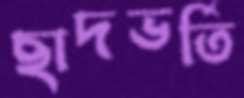
ছাদভর্তি